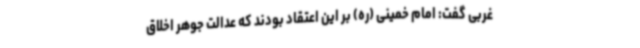
غربی گفت: امام خمینی (ره) بر این اعتقاد بودند که عدالت جوهر اخلاق